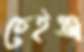
চেইঞ্জ